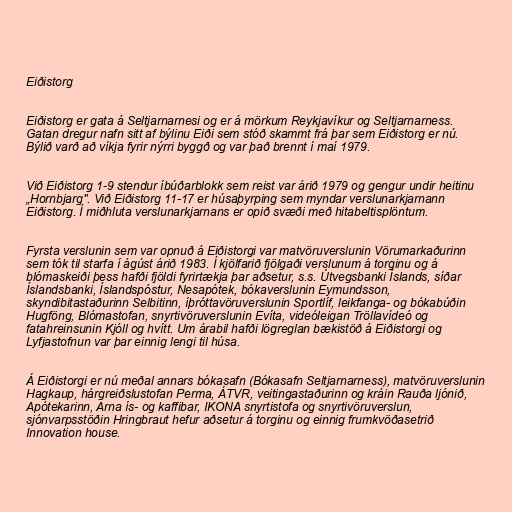
Eiðistorg

Eiðistorg er gata á Seltjarnarnesi og er á mörkum Reykjavíkur og Seltjarnarness.
Gatan dregur nafn sitt af býlinu Eiði sem stóð skammt frá þar sem Eiðistorg er nú.
Býlið varð að víkja fyrir nýrri byggð og var það brennt í maí 1979.

Við Eiðistorg 1-9 stendur íbúðarblokk sem reist var árið 1979 og gengur undir heitinu
„Hornbjarg". Við Eiðistorg 11-17 er húsaþyrping sem myndar verslunarkjarnann
Eiðistorg. Í miðhluta verslunarkjarnans er opið svæði með hitabeltisplöntum.

Fyrsta verslunin sem var opnuð á Eiðistorgi var matvöruverslunin Vörumarkaðurinn
sem tók til starfa í ágúst árið 1983. Í kjölfarið fjölgaði verslunum á torginu og á
blómaskeiði þess hafði fjöldi fyrirtækja þar aðsetur, s.s. Útvegsbanki Íslands, síðar
Íslandsbanki, Íslandspóstur, Nesapótek, bókaverslunin Eymundsson,
skyndibitastaðurinn Selbitinn, íþróttavöruverslunin Sportlíf, leikfanga- og bókabúðin
Hugföng, Blómastofan, snyrtivöruverslunin Evíta, videóleigan Tröllavídeó og
fatahreinsunin Kjóll og hvítt. Um árabil hafði lögreglan bækistöð á Eiðistorgi og
Lyfjastofnun var þar einnig lengi til húsa.

Á Eiðistorgi er nú meðal annars bókasafn (Bókasafn Seltjarnarness), matvöruverslunin
Hagkaup, hárgreiðslustofan Perma, ÁTVR, veitingastaðurinn og kráin Rauða ljónið,
Apótekarinn, Arna ís- og kaffibar, IKONA snyrtistofa og snyrtivöruverslun,
sjónvarpsstöðin Hringbraut hefur aðsetur á torginu og einnig frumkvöðasetrið
Innovation house.